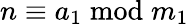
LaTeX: n\equiv a_{1}{\bmod{m}}_{1}